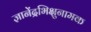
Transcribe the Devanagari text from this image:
ज्ञानेंद्रभिक्षुनामक